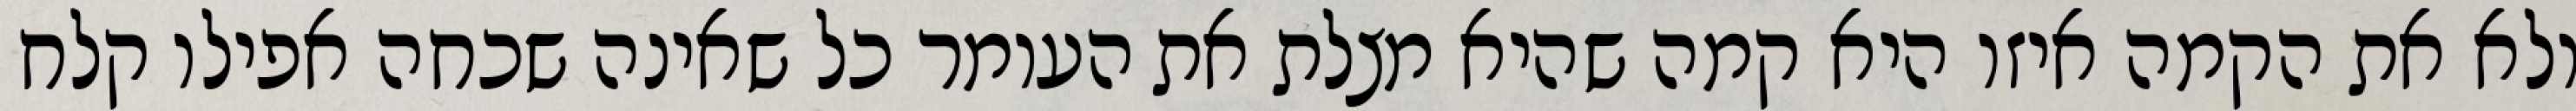
ולא את הקמה איזו היא קמה שהיא מצלת את העומר כל שאינה שכחה אפילו קלח